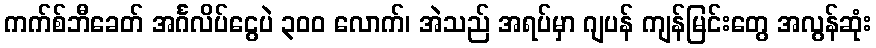
ကက်စ်ဘီခေတ် အင်္ဂလိပ်ငွေပဲ ၃၀၀ လောက်၊ အဲသည် အရပ်မှာ ဂျပန် ကျန်မြင်းတွေ အလွန်ဆုံး